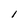
Character: l